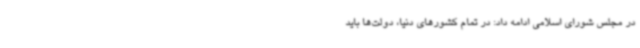
در مجلس شورای اسلامی ادامه داد: در تمام کشورهای دنیا، دولت‌ها باید